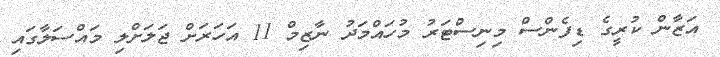
އަޒާން ކުރީގެ ޑިފެންސް މިނިސްޓަރު މުހައްމަދު ނާޒިމް 11 އަހަރަށް ޖަލަށްލި މައްސަލާގައި